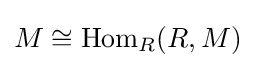
M\cong \mathrm {Hom} _{R}(R,M)